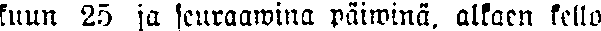
kuun 25 ja seuraawina päiwinä, alkaen kello